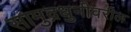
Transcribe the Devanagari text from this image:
सामुद्रधुनीवरील